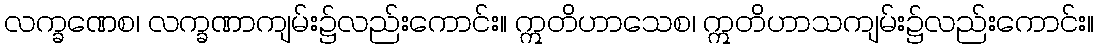
လက္ခဏေစ၊ လက္ခဏာကျမ်း၌လည်းကောင်း။ ဣတိဟာသေစ၊ ဣတိဟာသကျမ်း၌လည်းကောင်း။